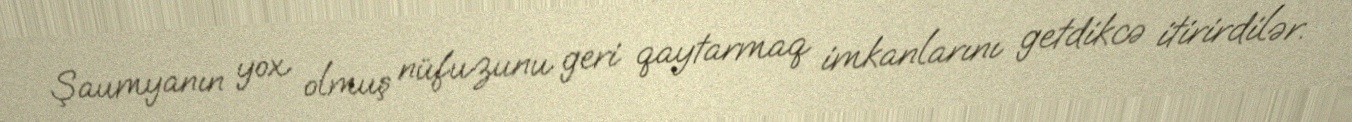
Şaumyanın yox olmuş nüfuzunu geri qaytarmaq imkanlarını getdikcə itirirdilər.